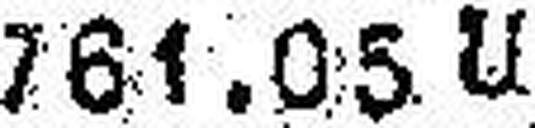
761.05 U